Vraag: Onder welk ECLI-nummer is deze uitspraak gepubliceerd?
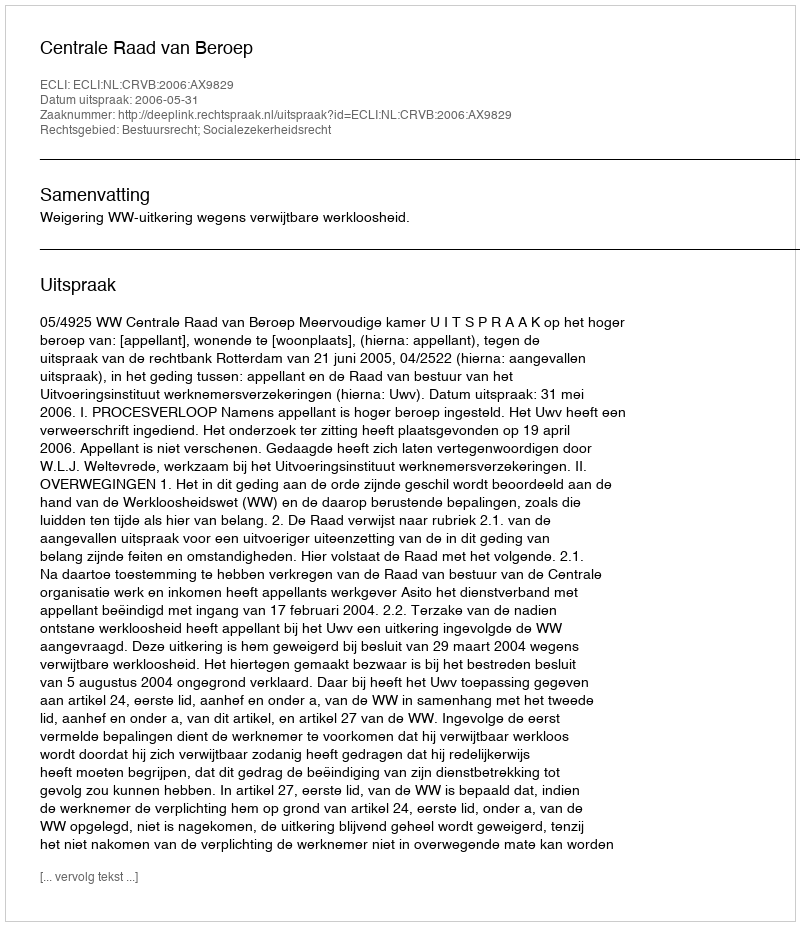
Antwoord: ECLI:NL:CRVB:2006:AX9829